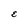
Character: E